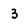
Character: 3